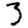
Digit: 3